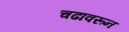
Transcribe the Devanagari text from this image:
चढावरून